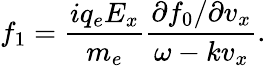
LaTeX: f_{1}=\frac{iq_{e}E_{x}}{m_{e}}\frac{\partial f_{0}/\partial v_{x}}{\omega-kv_{x}}.